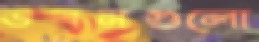
ভবনগুলো